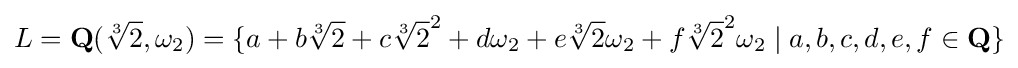
L=\mathbf {Q} ({\sqrt[{3}]{2}},\omega _{2})=\{a+b{\sqrt[{3}]{2}}+c{\sqrt[{3}]{2}}^{2}+d\omega _{2}+e{\sqrt[{3}]{2}}\omega _{2}+f{\sqrt[{3}]{2}}^{2}\omega _{2}\mid a,b,c,d,e,f\in \mathbf {Q} \}